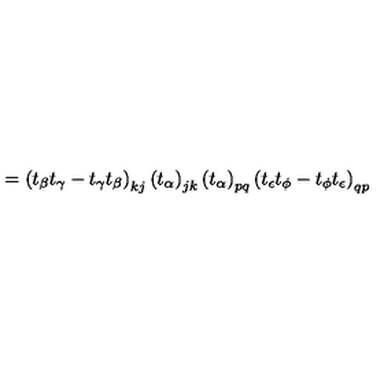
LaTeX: = \left( t _ { \beta } t _ { \gamma } - t _ { \gamma } t _ { \beta } \right) _ { k j } \left( t _ { \alpha } \right) _ { j k } \left( t _ { \alpha } \right) _ { p q } \left( t _ { \epsilon } t _ { \phi } - t _ { \phi } t _ { \epsilon } \right) _ { q p }